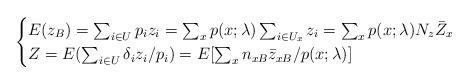
LaTeX: \begin{align*}\begin{cases} E(z_B) = \sum_{i\in U} p_i z_i = \sum_x p(x; \lambda) \sum_{i\in U_x} z_i = \sum_x p(x;\lambda) N_z \bar{Z}_x\\Z = E(\sum_{i\in U} \delta_i z_i/p_i) = E[\sum_x n_{xB} \bar{z}_{xB}/p(x;\lambda)] \end{cases}\end{align*}